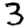
Digit: 3